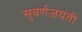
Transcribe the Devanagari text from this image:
सुवर्णजयंती